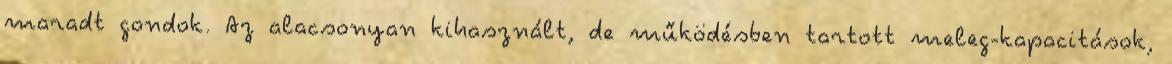
maradt gondok. Az alacsonyan kihasznált, de működésben tartott meleg-kapacitások,